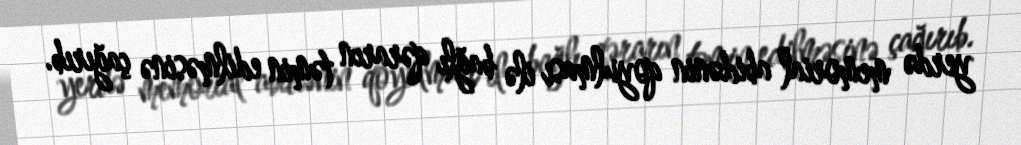
yerdə memorial abidənin qoyulması ilə bağlı qərarın təmin edilməsinə çağırıb.